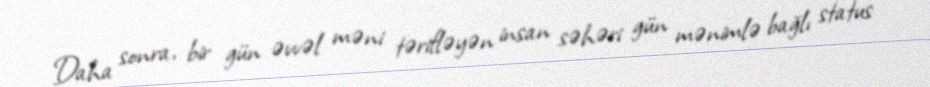
Daha sonra, bir gün əvvəl məni tərifləyən insan səhəri gün mənimlə bağlı status